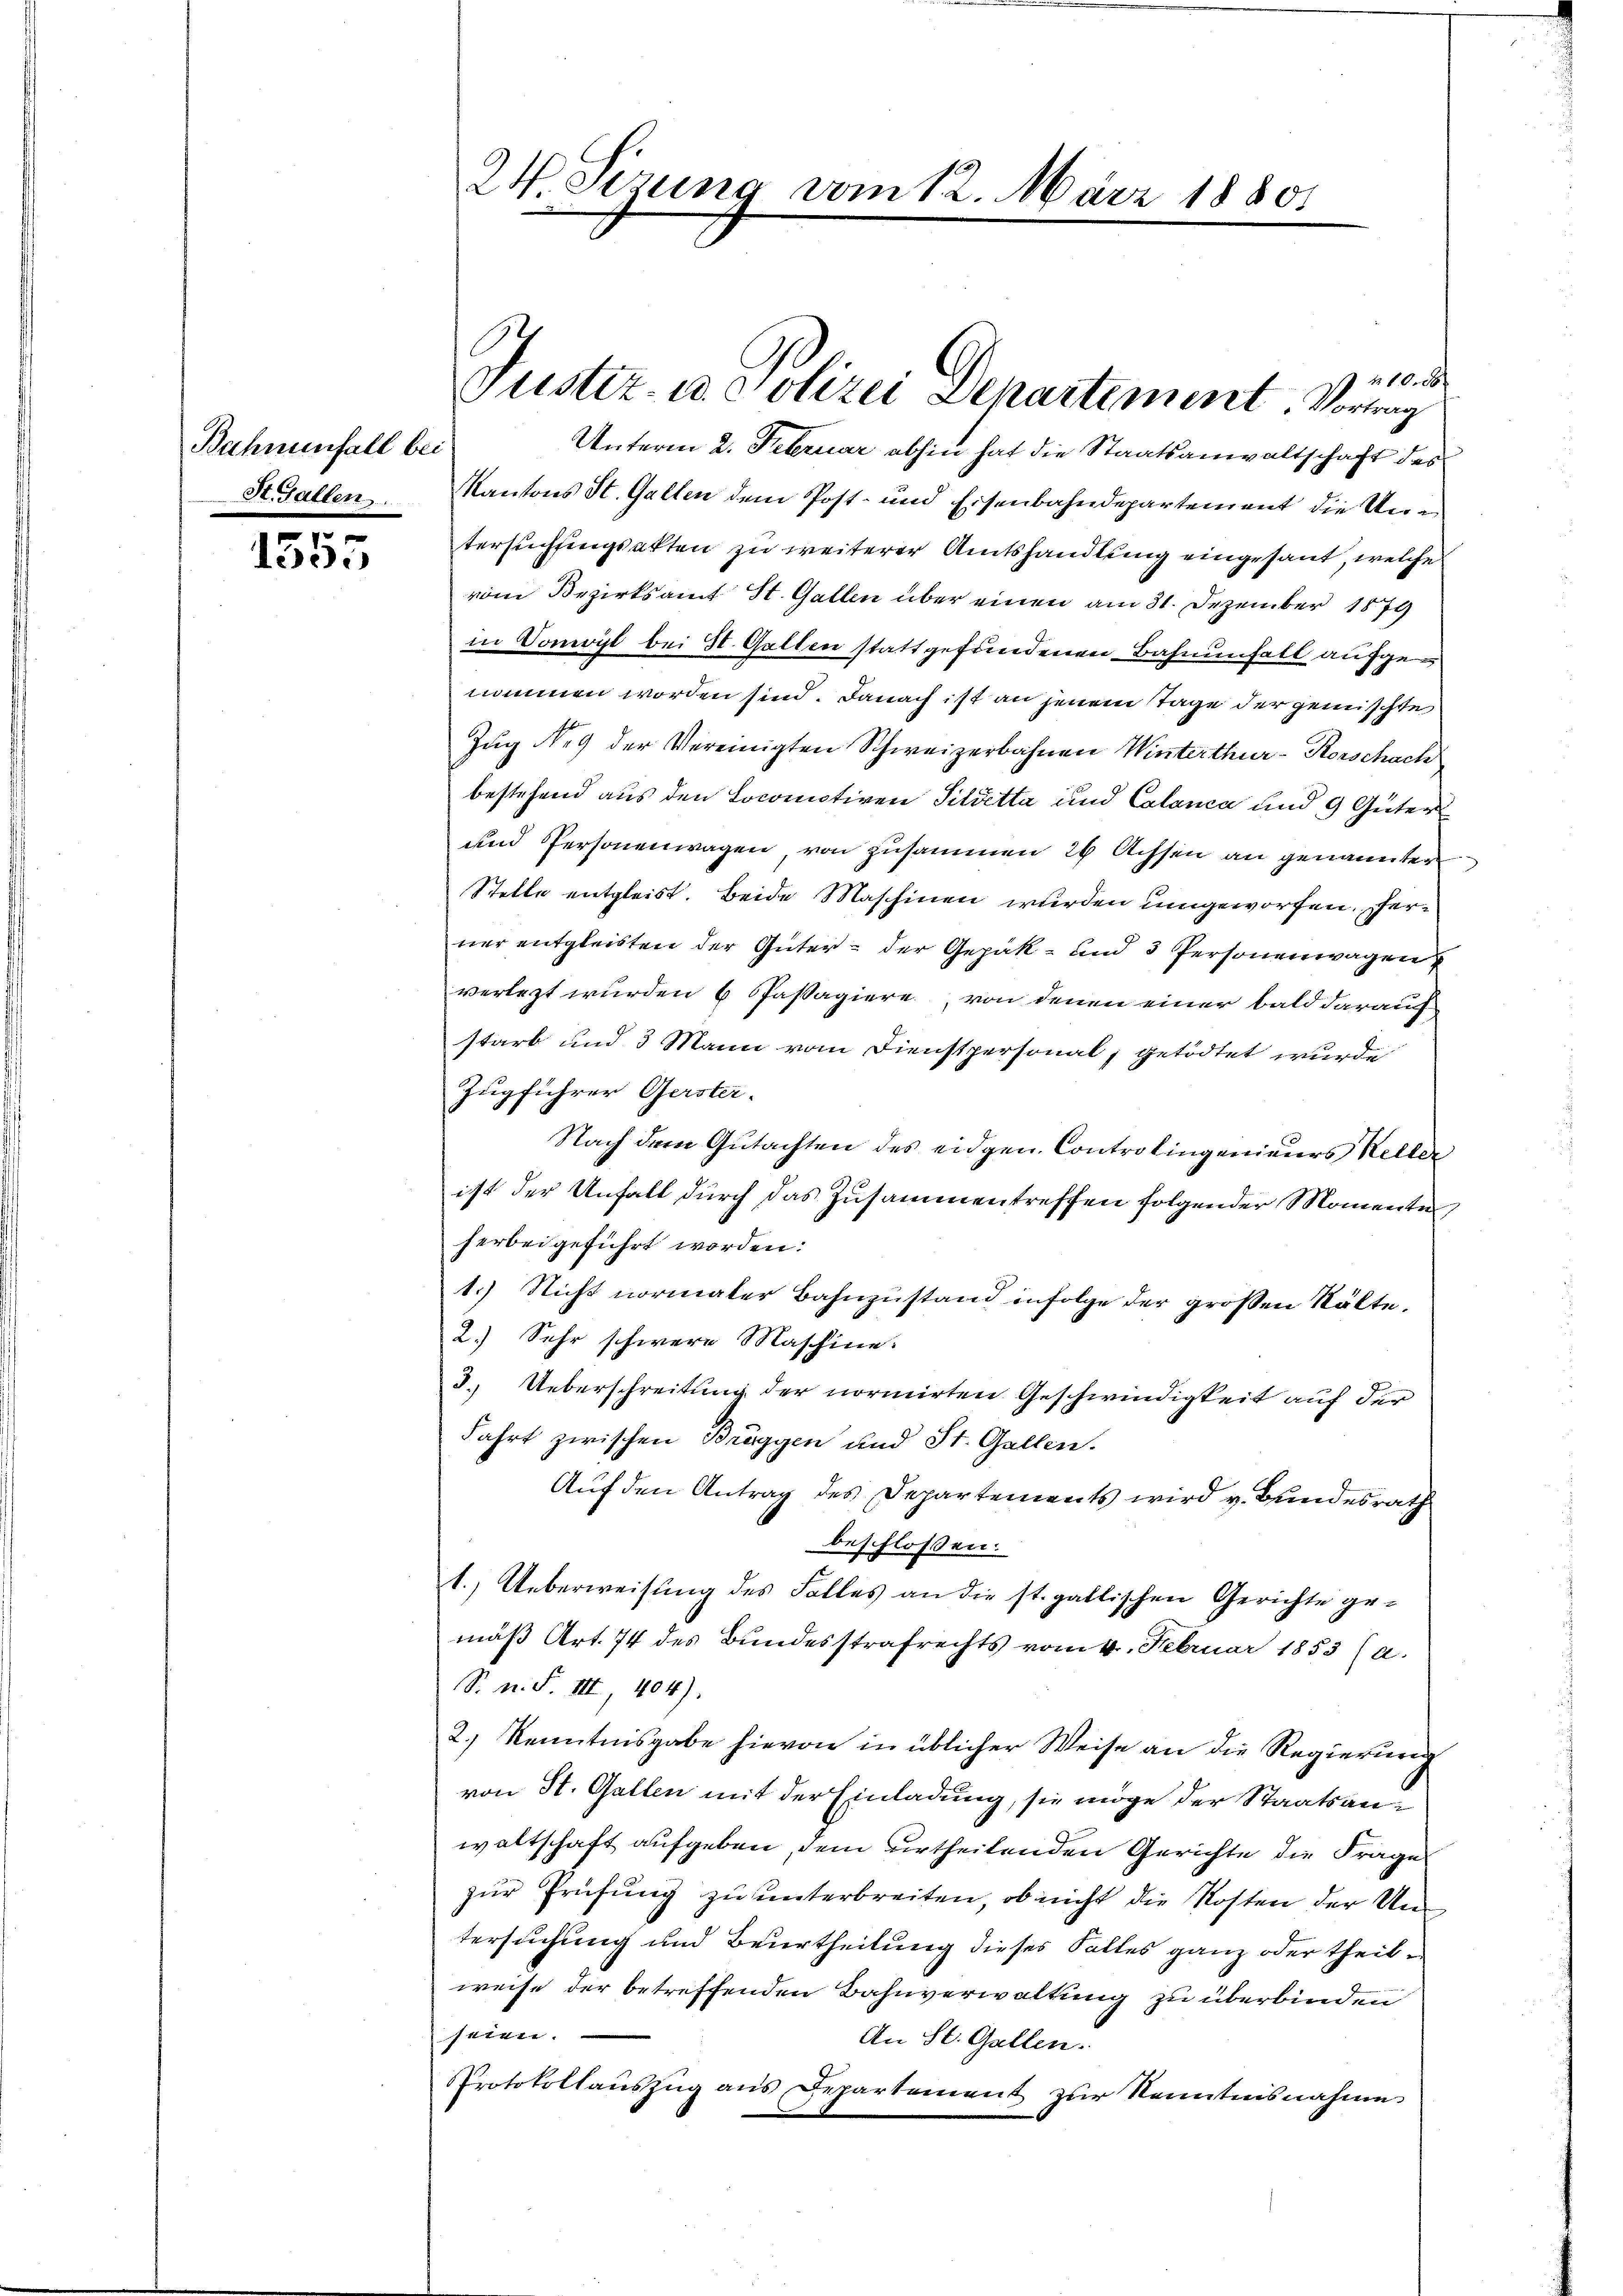
Bahnenfall bei
St. Gallen.

1555

24 Sezung vom 12. März 18801

Justiz- u. Polizei Departement. Vortrag

Z 210. d.
Unterm 2. Februar abhin hat die Staatsanwaltschaft des
Kantons St. Gallen dem Post- und Eisenbahndepartement die Untersuchtungsakten zu weiterer Amtshandlung eingesant, welche
vom Bezirksamt St. Gallen über einen am 31. Dezember 1879
in Vonwyl bei St. Gallen stattgefundenen Bahnenfall aufgen
nommen worden sind. Danach ist an jenem Tage der gemischte
Zug Nr 9 der Vereinigten Schweizerbahnen Winterthur-Rorschach
bestehend aus den Locomotiven Sildetta und Calanca und 9 Güter
und Personenwagen von zusammen 29 Achsen an genannten
Stelle entgleist. Beide Maschinen wurden umgeworfen. Herner entgleisten der Güter der Gepäk- und 3 Personenwagen
verletzt wurden 6 Passagiere von denen einer bald darauff
starb und 3 Mann vom Dienstpersonal, getödtet wurde
Zugführer Gerster-
Nach dem Gutachten des eidgen. Controlingenieurs Keller
ist der Unfall durch das Zusammentreffen folgender Momentes
herbeigeführt worden:
1.) Nicht normater Bahnzustand infolge der großen Kälte.
2.) Sehr schwere Maschine.
3. Ueberschreitung der normirten Geschwindigkeit auf der
Fahrt zwischen Bräggen und St. Gallen.
Auf den Antrag des Departements wird v. Bundesrath
beschlossen:
1.) Ueberweisung des Falles an die st. gallischen Gerichte gemäß Art. 74 des Bundesstrafrechts vom 4. Februar 1853 (a.
S. n. F. III, 404).
2.) Kenntnisgabe hievon in üblicher Weise an die Regierung
von St. Gallen mit der Einladung, sie möge der Staatsanwaltschaft aufgeben, dem urtheilenden Gerichte die Frage
zur Prüfung zu unterbreiten, ob nicht die Kosten der Untersuchung und Beurtheilung dieses Falles ganz oder theilweise der betreffenden Bahnverwaltung zu überbinden
seien.
An St. Gallen.
Protokollauszug aus Departement zur Kenntnisnahme